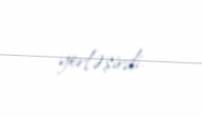
yerləşirdi.